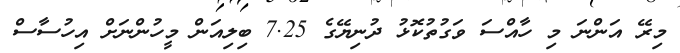
މިރޭ އަންނަ މި ހާއްސަ ވަގުތުކޮޅު ދުނިޔޭގެ 7.25 ބިލިއަން މީހުންނަށް އިހުސާސް